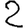
Digit: 2